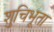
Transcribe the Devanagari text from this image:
शुचिभूता